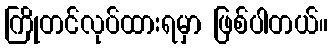
ကြိုတင်လုပ်ထားရမှာ ဖြစ်ပါတယ်။